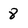
Character: 8